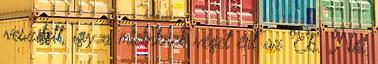
veszített, így a mieinknek véget ért az Eb. Női